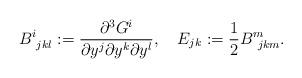
LaTeX: \begin{align*}B^i_{\ jkl}:={{\partial^3 G^i} \over {\partial y^j \partial y^k \partial y^l}},\ \ \ E_{jk}:={{1}\over{2}}B^m_{\ jkm}.\end{align*}